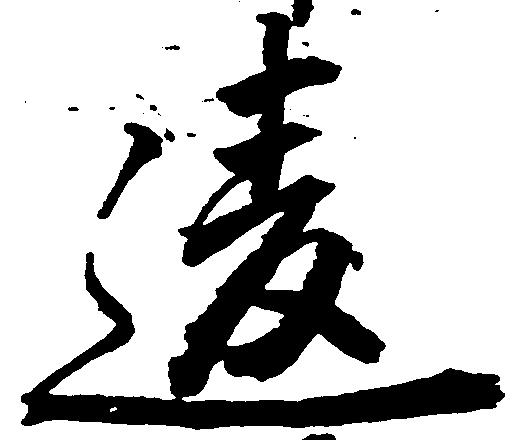
違